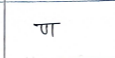
मजकूर: ण